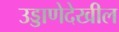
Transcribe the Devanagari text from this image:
उड्डाणेदेखील